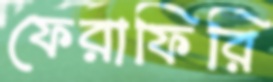
ফেরাফিরি